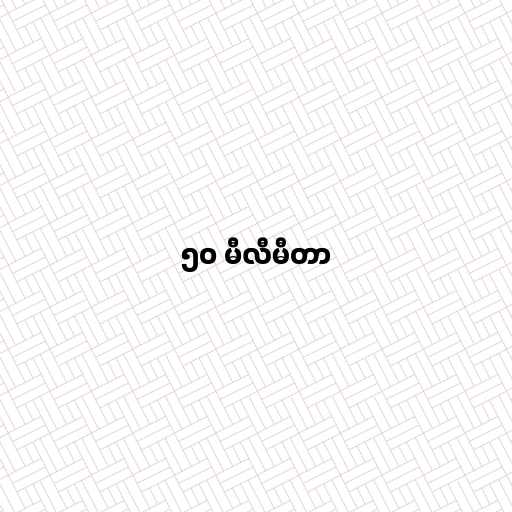
၅၀ မီလီမီတာ